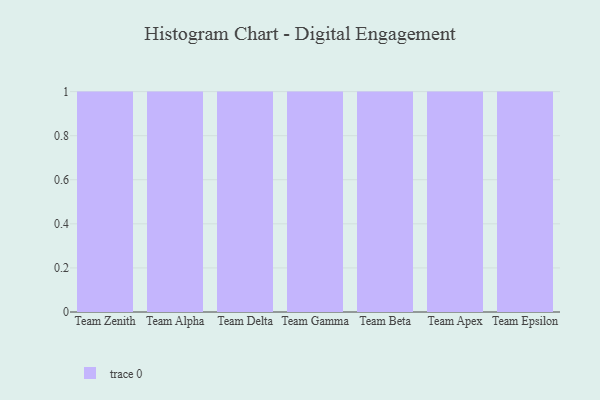
{"axis": {"x": "Team", "y": "Net Income (USD K)"}, "legend": [""], "data": [{"x": "Team Zenith", "y": 3, "type": ""}, {"x": "Team Alpha", "y": 28, "type": ""}, {"x": "Team Delta", "y": 47, "type": ""}, {"x": "Team Gamma", "y": 18, "type": ""}, {"x": "Team Beta", "y": 82, "type": ""}, {"x": "Team Apex", "y": 23, "type": ""}, {"x": "Team Epsilon", "y": 77, "type": ""}]}